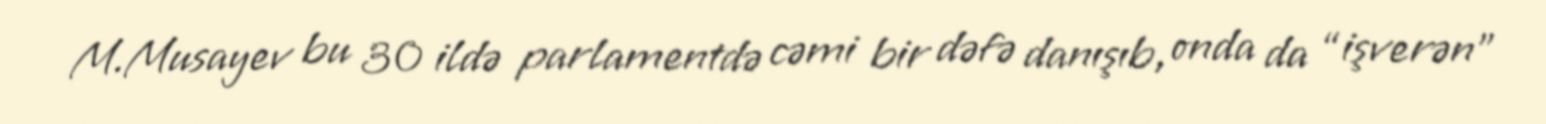
M.Musayev bu 30 ildə parlamentdə cəmi bir dəfə danışıb, onda da “işverən”